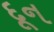
દૂન